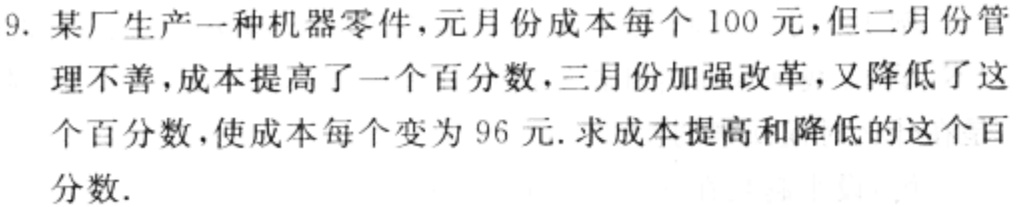
9. 某厂生产一种机器零件，元月份成本每个100元，但二月份管理不善，成本提高了一个百分数，三月份加强改革，又降低了这个百分数，使成本每个变为96元. 求成本提高和降低的这个百分数.